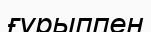
ғұрыппен